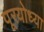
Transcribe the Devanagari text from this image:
पूरयोध्या